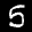
Label: 5